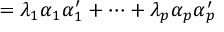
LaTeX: \mathbf { \Sigma } = \lambda _ { 1 } \alpha _ { 1 } \alpha _ { 1 } ^ { \prime } + \cdots + \lambda _ { p } \alpha _ { p } \alpha _ { p } ^ { \prime }